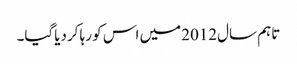
تاہم سال2012میں اس کو رہا کردیاگیا۔